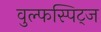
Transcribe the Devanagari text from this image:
वुल्फस्पिट्ज